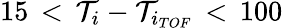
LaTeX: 15\, <\, \mathcal{T}_{i}-\mathcal{T}_{i_{TOF}}\, <\, 100